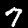
Label: 7